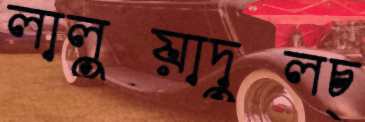
লালুয়াদুলচ্